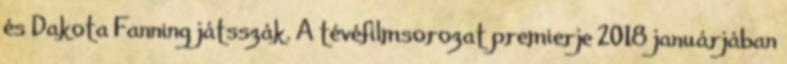
és Dakota Fanning játsszák. A tévéfilmsorozat premierje 2018 januárjában